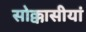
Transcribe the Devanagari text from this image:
सोक्कासीयां